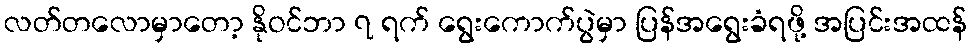
လတ်တလောမှာတော့ နိုဝင်ဘာ ၇ ရက် ရွေးကောက်ပွဲမှာ ပြန်အရွေးခံရဖို့ အပြင်းအထန်